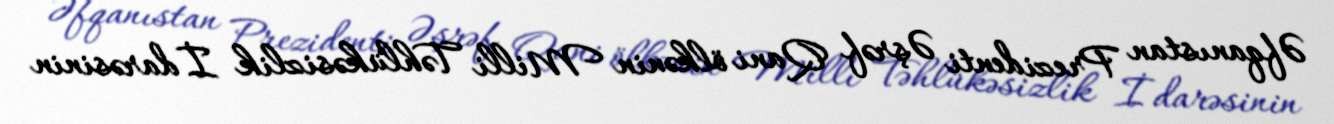
Əfqanıstan Prezidenti Əşrəf Qani ölkənin Milli Təhlükəsizlik İdarəsinin